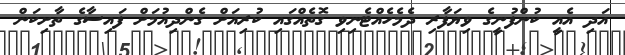
އަދި އެއީ ކުންފުނީގެ ވިޔަފާރި ދެމެހެއްޓެނިވި ގޮތެއްގައި ކުރިއަށް ގެންދިއުމަށް ފައިސާގެ ތާށިކަން